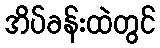
အိပ်ခန်းထဲတွင်